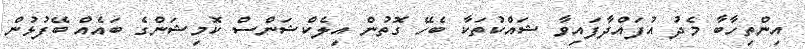
އިންތިހާބާ މެދު އުފައްދާފައިވާ ޝައްކުތަކާ ބެހޭ ގޮތުން އިލެކްޝަންސް ކޮމިޝަންގެ ބައެއް ބޭފުޅުން